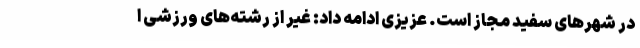
در شهرهای سفید مجاز است. عزیزی ادامه داد: غیر از رشته‌های ورزشی ا